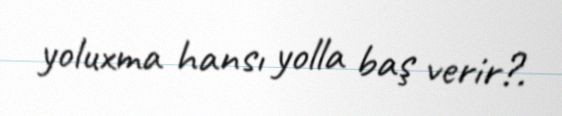
yoluxma hansı yolla baş verir?.